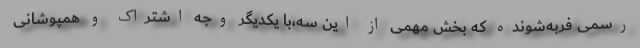
رسمی فربه‌شونده که بخش مهمی از این سه،با یکدیگر وجه اشتراک و همپوشانی